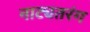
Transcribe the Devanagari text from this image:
नाट्यतरंग